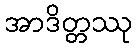
အာဒိတ္တဿု